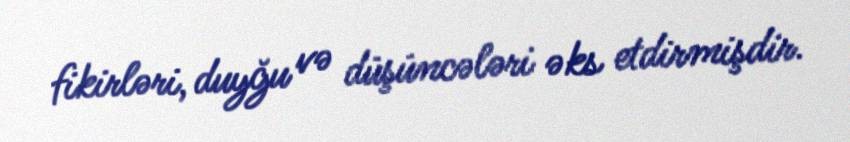
fikirləri, duyğu və düşüncələri əks etdirmişdir.